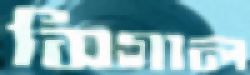
সিগাল